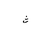
Letter: _tha